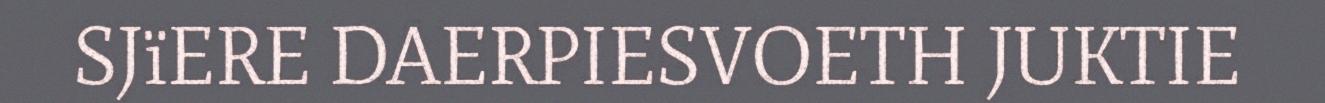
SJïERE DAERPIESVOETH JUKTIE